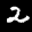
Label: 2